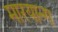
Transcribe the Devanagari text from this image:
मारयान्ग